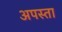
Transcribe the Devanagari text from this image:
अपस्ता